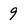
Character: 9